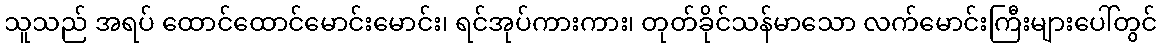
သူသည် အရပ် ထောင်ထောင်မောင်းမောင်း၊ ရင်အုပ်ကားကား၊ တုတ်ခိုင်သန်မာသော လက်မောင်းကြီးများပေါ်တွင်